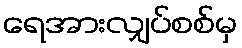
ရေအားလျှပ်စစ်မှ